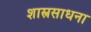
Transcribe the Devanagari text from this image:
शास्त्रसाधना